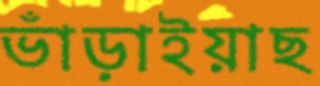
ভাঁড়াইয়াছ